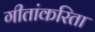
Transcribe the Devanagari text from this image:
गीतांकरिता